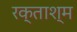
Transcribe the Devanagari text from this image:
रक्ताश्म